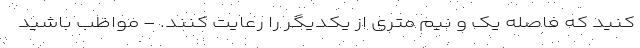
کنید که فاصله یک و نیم متری از یکدیگر را رعایت کنند. - مواظب باشید